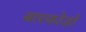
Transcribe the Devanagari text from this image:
बारकोडों